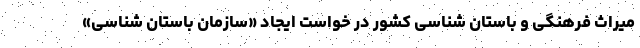
میراث فرهنگی و باستان شناسی کشور در خواست ایجادِ «سازمان باستان شناسی»